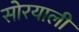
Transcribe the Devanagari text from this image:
सोरयाली